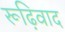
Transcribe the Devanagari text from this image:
रूढ़िवाद